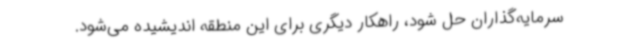
سرمایه‌گذاران حل شود، راهکار دیگری برای این منطقه اندیشیده می‌شود.